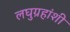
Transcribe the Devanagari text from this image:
लघुग्रहांशी